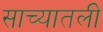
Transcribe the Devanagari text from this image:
साच्यातली